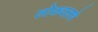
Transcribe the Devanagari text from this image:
लोकदलचे